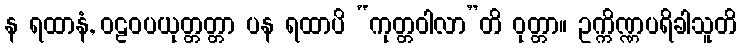
န ရထာနံ, ဝဠဝပယုတ္တတ္တာ ပန ရထာပိ “ကုတ္တဝါလာ”တိ ဝုတ္တာ။ ဥက္ကိဏ္ဏပရိခါသူတိ